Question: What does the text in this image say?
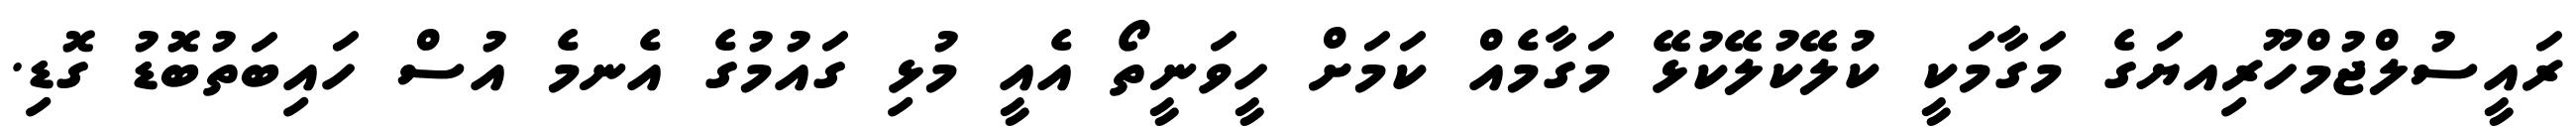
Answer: ރައީސުލްޖުމްހޫރިއޔަގެ މަގާމަކީ ކުލޭކުލޭކުޅޭ މަގާމެއް ކަމަށް ހީވަނީތޯ އެއީ މުޅި ގައުމުގެ އެނމެ އުސް ހައިބަތުބޮޑު ގޮޑި.